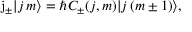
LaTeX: \mathrm { j } _ { \pm } | j \, m \rangle = \hbar C _ { \pm } ( j , m ) | j \, ( m \pm 1 ) \rangle ,